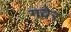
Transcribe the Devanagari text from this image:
गवेर